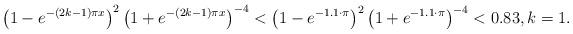
LaTeX: \begin{align*}\left(1 - e^{-(2k-1)\pi x}\right)^2 \left(1 + e^{-(2k-1)\pi x}\right)^{-4} < \left(1 - e^{-1.1 \cdot \pi}\right)^2 \left(1 + e^{-1.1 \cdot \pi}\right)^{-4} < 0.83, k = 1.\end{align*}